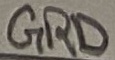
Text: GRD